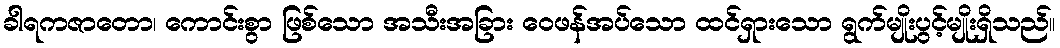
ခါရကဇာတော၊ ကောင်းစွာ ဖြစ်သော အသီးအခြား ဝေဖန်အပ်သော ထင်ရှားသော ရွက်မျိုးပွင့်မျိုးရှိသည်။